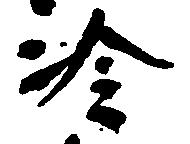
冷